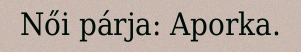
Női párja: Aporka.